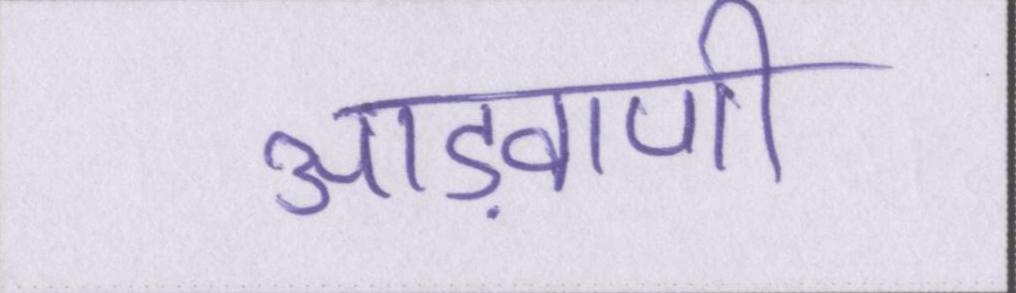
आड़वाणी